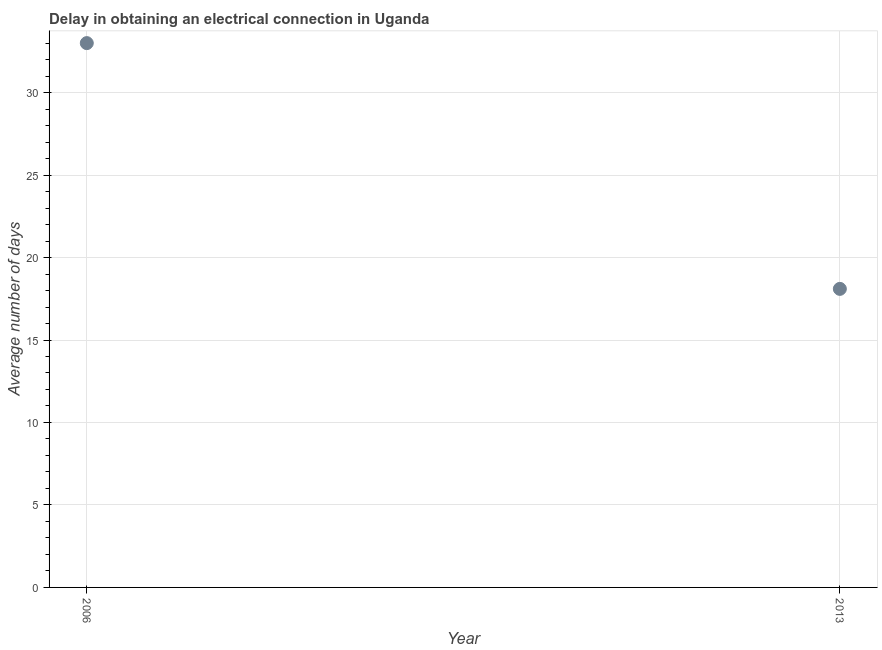
| Year | Dalay in Electrical connection |
 | --- | --- |
 | 2006 | 33 |
 | 2013 | 18.1 |